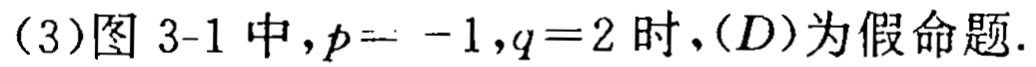
（3）图 3-1 中，\(p = - 1\)，\(q = 2\)时，\((D)\)为假命题.